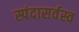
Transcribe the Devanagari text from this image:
स्पंदासर्वस्व